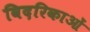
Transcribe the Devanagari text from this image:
विदरिकाओं